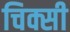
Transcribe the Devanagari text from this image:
चिक्सी